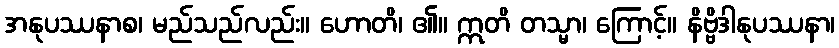
အနုပဿနာစ၊ မည်သည်လည်း။ ဟောတိ၊ ၏။ ဣတိ တသ္မာ၊ ကြောင့်။ နိဗ္ဗိဒါနုပဿနာ၊